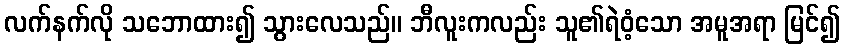
လက်နက်လို သဘောထား၍ သွားလေသည်။ ဘီလူးကလည်း သူ၏ရဲဝံ့သော အမူအရာ မြင်၍